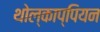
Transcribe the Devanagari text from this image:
थोल्काप्पियन